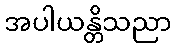
အပါယန္တိသညာ